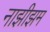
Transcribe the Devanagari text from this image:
नाझीझम